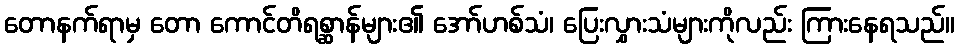
တောနက်ရာမှ တော ကောင်တိရစ္ဆာန်များ၏ အော်ဟစ်သံ၊ ပြေးလွှားသံများကိုလည်း ကြားနေရသည်။